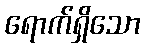
ရောက်ရှိသော